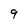
Character: 9